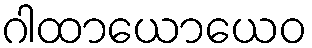
ဂါထာယောယေဝ